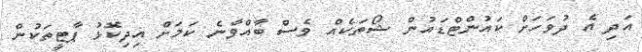
އަދި އެ ދުވަހަށް ކައުންޓްޑައުން ޝޯތަކެއް ވެސް ބާއްވާނެ ކަމަށް އިދިކޮޅު ޕާޓީތަކުން